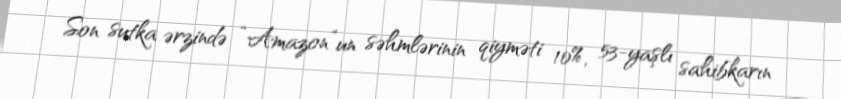
Son sutka ərzində “Amazon”un səhmlərinin qiyməti 10%, 53-yaşlı sahibkarın